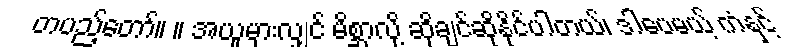
တပည့်တော်။ ။ အယူမှားလျှင် မိစ္ဆာလို့ ဆိုချင်ဆိုနိုင်ပါတယ်၊ ဒါပေမယ့် ကံနှင့်